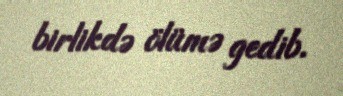
birlikdə ölümə gedib.